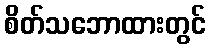
စိတ်သဘောထားတွင်